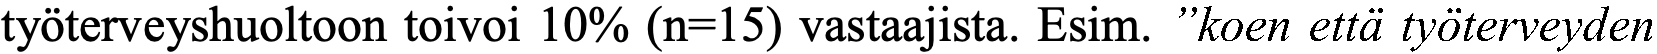
työterveyshuoltoon toivoi 10% (n=15) vastaajista. Esim. ”koen että työterveyden